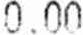
0.00